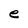
Character: e